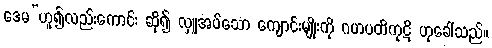
ဒေမ”ဟူ၍လည်းကောင်း ဆို၍ လှူအပ်သော ကျောင်းမျိုးကို ဂဟပတိကုဋိ ဟုခေါ်သည်။